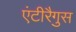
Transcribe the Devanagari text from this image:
एंटीरैगुस